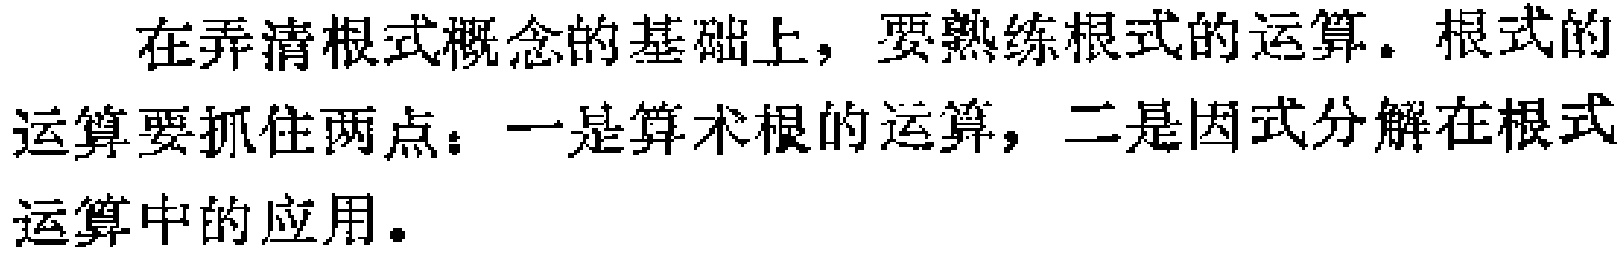
在弄清根式概念的基础上，要熟练根式的运算。根式的运算要抓住两点：一是算术根的运算，二是因式分解在根式运算中的应用。